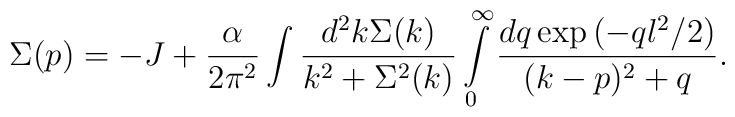
\Sigma(p)=-J+\frac{\alpha}{2\pi^2}\int \frac{d^2 k \Sigma(k)}{k^2+\Sigma^2(k)}\int\limits_{0}^{\infty} \frac{dq \exp\left(-ql^2/2\right)}{(k-p)^2+q}.